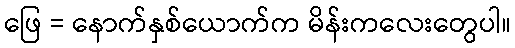
ဖြေ = နောက်နှစ်ယောက်က မိန်းကလေးတွေပါ။